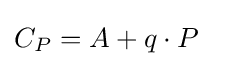
\textstyle C_{P}=A+q\cdot P\,\